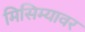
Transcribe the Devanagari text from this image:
मिसिम्यावर